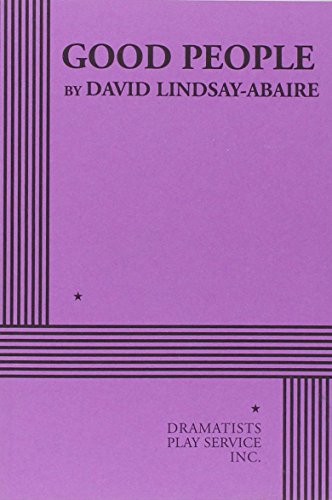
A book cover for Good People; David Lindsay-Abaire; Literature & Fiction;